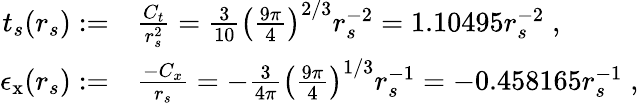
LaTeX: \begin{array}{rl}{t_{s}(r_{s}):=}&{\frac{C_{t}}{r_{s}^{2}}=\frac{3}{10}\big(\frac{9\pi}{4}\big)^{2/3}r_{s}^{-2}=1.10495r_{s}^{-2}\; ,}\\ {\epsilon_{\mathrm{x}}(r_{s}):=}&{\frac{-C_{x}}{r_{s}}=-\frac{3}{4\pi}\big(\frac{9\pi}{4}\big)^{1/3}r_{s}^{-1}=-0.458165r_{s}^{-1}\; ,}\end{array}